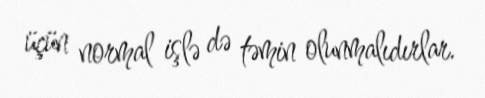
üçün normal işlə də təmin olunmalıdırlar.